Source: Handwritten
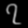
Digit: ၇ (7)